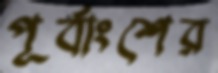
পূর্বাংশের